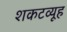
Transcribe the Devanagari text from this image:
शकटव्यूह